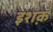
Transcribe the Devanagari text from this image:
इशक़